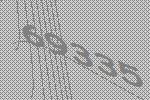
69335